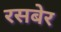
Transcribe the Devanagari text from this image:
रसबेर